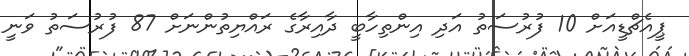
ޕީއެޗްޑީއަށް 10 ފުރުސަތު އަދި އިންތިހާބީ ދާއިރާގެ ރައްޔިތުންނަށް 87 ފުރުސަތު ވަނީ